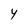
Character: Y